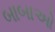
બાબાઓ